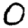
Digit: 0